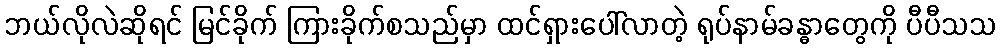
ဘယ်လိုလဲဆိုရင် မြင်ခိုက် ကြားခိုက်စသည်မှာ ထင်ရှားပေါ်လာတဲ့ ရုပ်နာမ်ခန္ဓာတွေကို ပီပီသသ